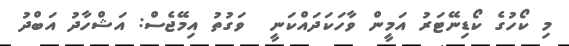
މި ކޯހުގެ ކޯޑިނޭޓަރު އަމީން ވާހަކަދައްކަނީ  ވަގުތު އިމޭޖެސް: އަޝްހާދު އަބްދު